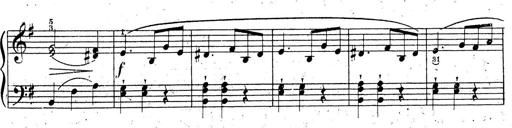
Title: 10 Sonatinas
Composer: Fritz Spindler